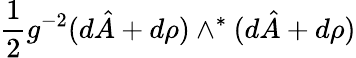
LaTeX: \frac{1}{2}g^{-2}(d\hat{A}+d\rho{})\wedge^{*}(d\hat{A}+d\rho{})